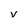
Character: v